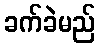
ခက်ခဲမည်